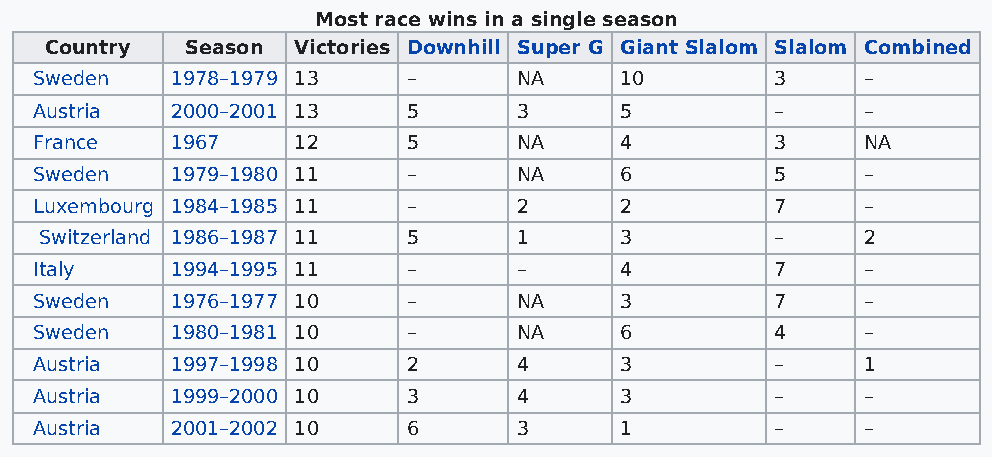
Most race wins in a single season
 Country  Season Victories Downhill Super G Giant Slalom Slalom Combined
 Sweden   1978–1979 13    –      NA     10        3     –
 Austria  2000–2001 13    5      3      5         –     –
 France   1967    12      5      NA     4         3     NA
 Sweden   1979–1980 11    –      NA     6         5     –
 Luxembourg 1984–1985 11  –      2      2         7     –
 Switzerland 1986–1987 11 5     1      3         –     2
 Italy    1994–1995 11    –      –      4         7     –
 Sweden   1976–1977 10    –      NA     3         7     –
 Sweden   1980–1981 10    –      NA     6         4     –
 Austria  1997–1998 10    2      4      3         –     1
 Austria  1999–2000 10    3      4      3         –     –
 Austria  2001–2002 10    6      3      1         –     –